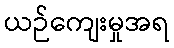
ယဉ်ကျေးမှုအရ